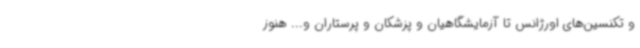
و تکنسین‌های اورژانس تا آزمایشگاهیان و پزشکان و پرستاران و... هنوز